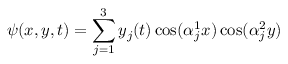
\psi ( x , y , t ) = \sum _ { j = 1 } ^ { 3 } y _ { j } ( t ) \cos ( \alpha _ { j } ^ { 1 } x ) \cos ( \alpha _ { j } ^ { 2 } y )